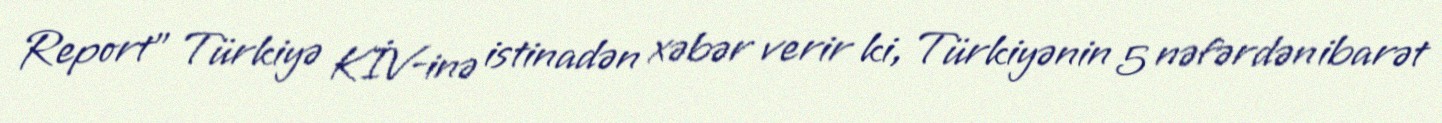
Report" Türkiyə KİV-inə istinadən xəbər verir ki, Türkiyənin 5 nəfərdən ibarət